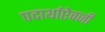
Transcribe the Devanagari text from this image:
पदार्थाऐवजी